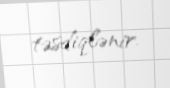
təsdiqlənir.